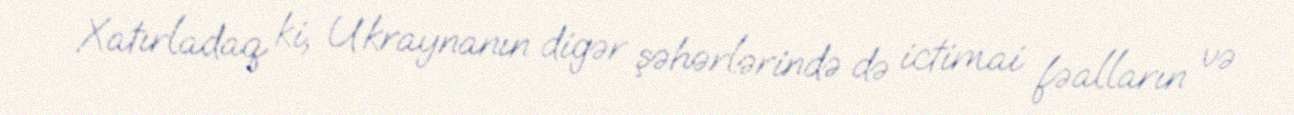
Xatırladaq ki, Ukraynanın digər şəhərlərində də ictimai fəalların və